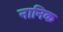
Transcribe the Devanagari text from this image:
नानिक